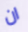
ان